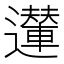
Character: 𨘪